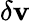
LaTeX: \delta\mathbf{v}